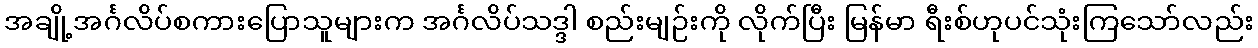
အချို့အင်္ဂလိပ်စကားပြောသူများက အင်္ဂလိပ်သဒ္ဒါ စည်းမျဉ်းကို လိုက်ပြီး မြန်မာ ရီးစ်ဟုပင်သုံးကြသော်လည်း